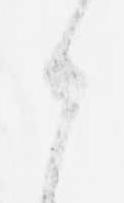
之